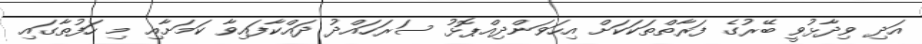
އަދި ވިދާޅުވީ ބޭރުގެ ފަރާތްތަކަކަށް އިހަވަންދިއްޕޮޅު ސަރަހައްދު ދައްކާފައިވާ ކަމަށާއި މި ހަފުތާގައި